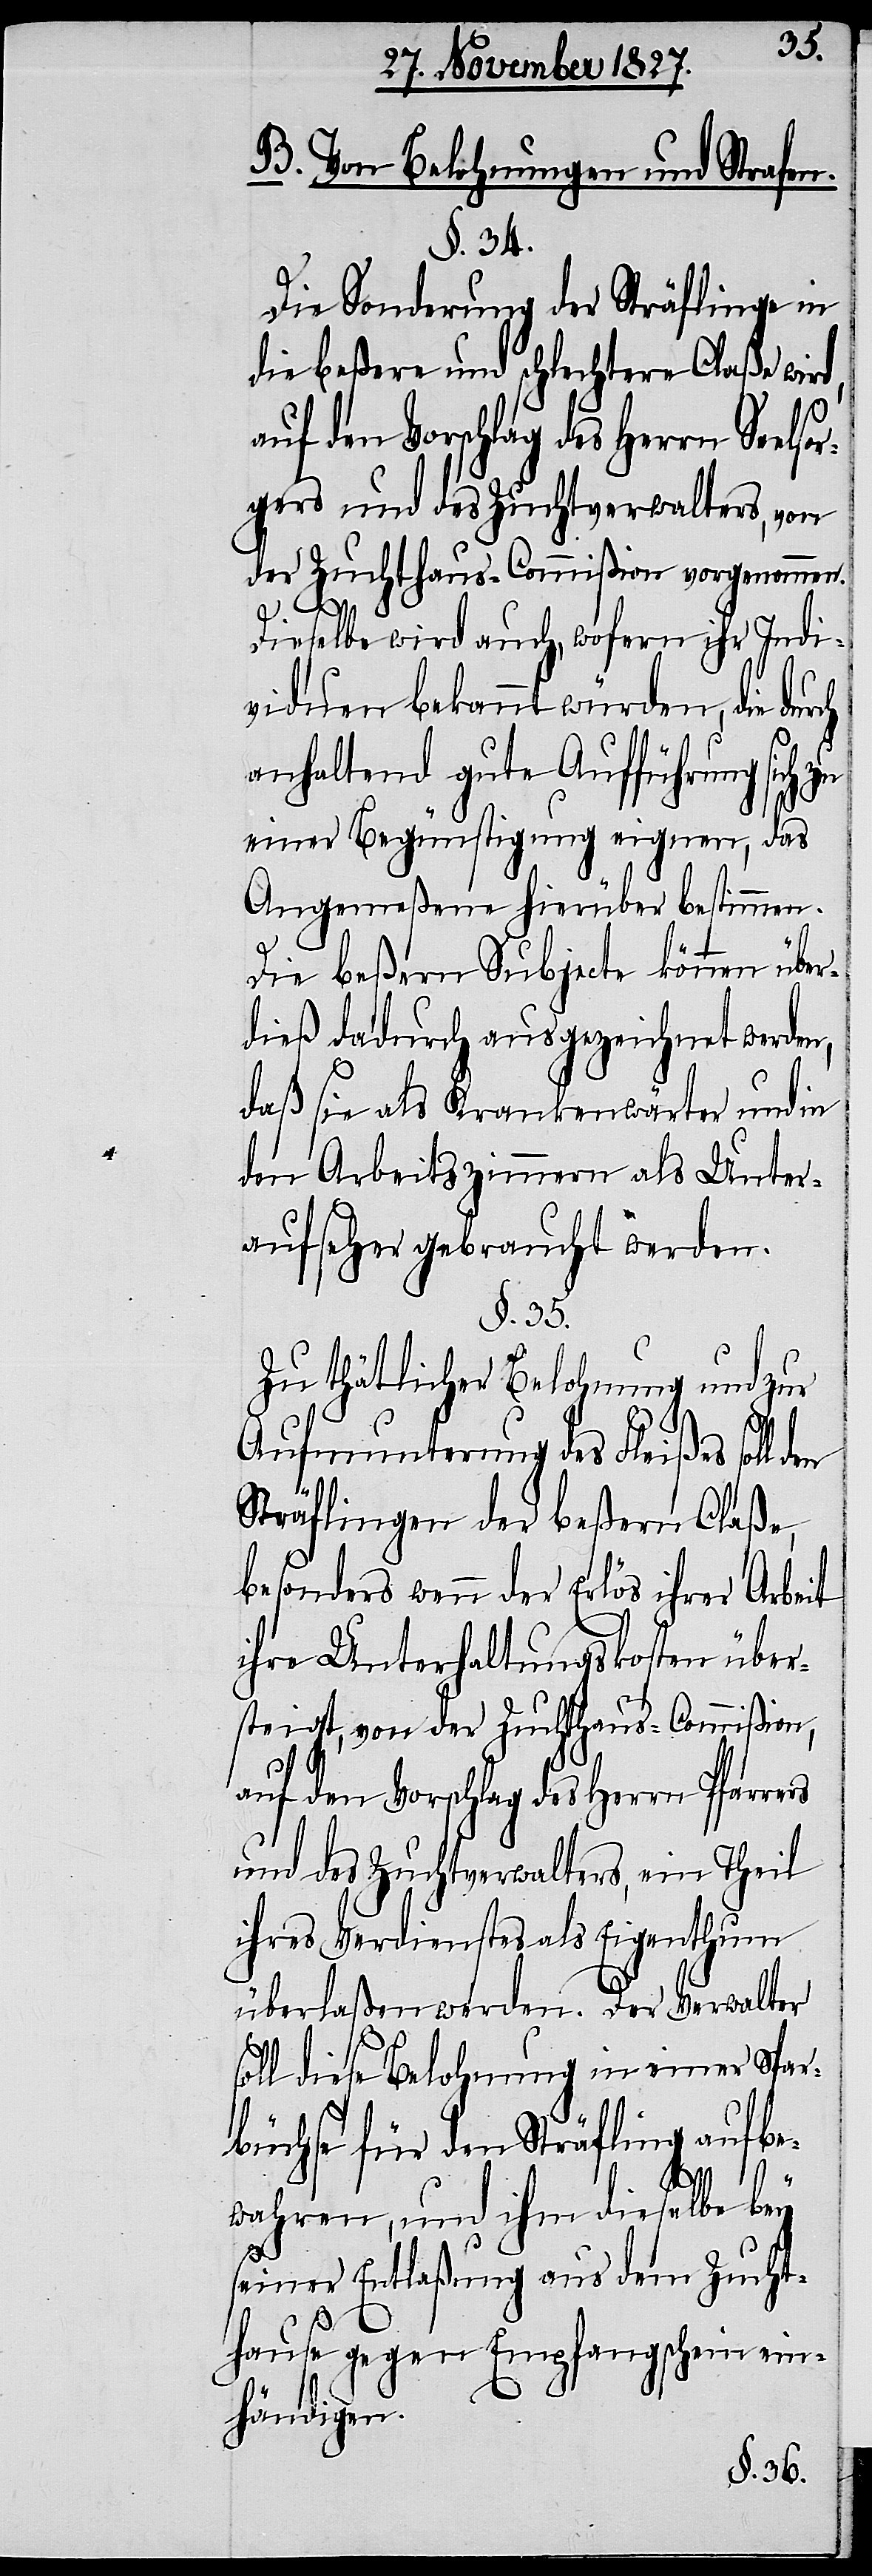
B. Belohnungen und Strafen.
§. 34.
Die Sonderung der Sträflinge in
die beßere und schlechtere Claße wird,
auf den Vorschlag des Herrn Seel¬
gers und des Zuchtverwalters, von
der Zuchthaus-Commißion vorgenommen.
Dieselbe wird auch, wofern ihr Indi¬
viduen bekannt würden, die dur¬
anhaltend gute Aufführung sich
einer Begünstigung eignen, das
Angemeßene hierüber bestimmen.
Die beßern Subjecte können über¬
dieß dadurch ausgezeichnet werden,
daß sie als Krankenwärter und in
den Arbeitszimmern als Unter¬
aufseher gebraucht werden.
§. 35.
Zu thätlicher Belohnung und zur
Aufmunterung des Fleißes soll
Sträflingen der beßern Claße,
besonders wenn der Erlös ihrer Arbeit
ihre Unterhaltskosten über¬
steigt, von der Zuchthaus-Commißion,
auf den Vorschlag des Herrn Pfarrers
und des Zuchtverwalters, ein Theil
ihres Verdienstes als Eigenthum
überlaßen werden. Der Verwalter
soll diese Belohnung in einer Spar¬
büchse für den Sträfling aufbe¬
wahren, und ihm dieselbe bey
ch
seiner Entlaßung aus dem Zucht¬
sor¬
hause gegen Empfangsschein ein¬
händigen.